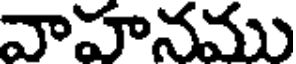
వాహనము